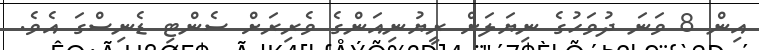
އިން 8 ވަނަ ދުވަހުގެ ނިޔަލަށް ރީޔުނިއަންގެ ވެރިރަށް ސެންޓި ޑެނިސްގަ އެވެ.